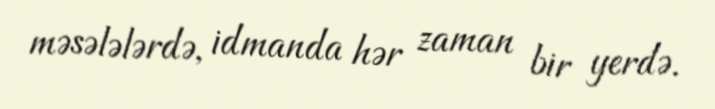
məsələlərdə, idmanda hər zaman bir yerdə.